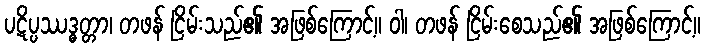
ပဋိပ္ပဿဒ္ဓတ္တာ၊ တဖန် ငြိမ်းသည်၏ အဖြစ်ကြောင့်။ ဝါ၊ တဖန် ငြိမ်းစေသည်၏ အဖြစ်ကြောင့်။